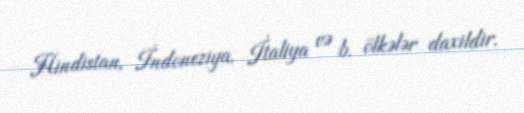
Hindistan, İndoneziya, İtaliya və b. ölkələr daxildir.